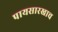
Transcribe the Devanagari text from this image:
पायसारखाच